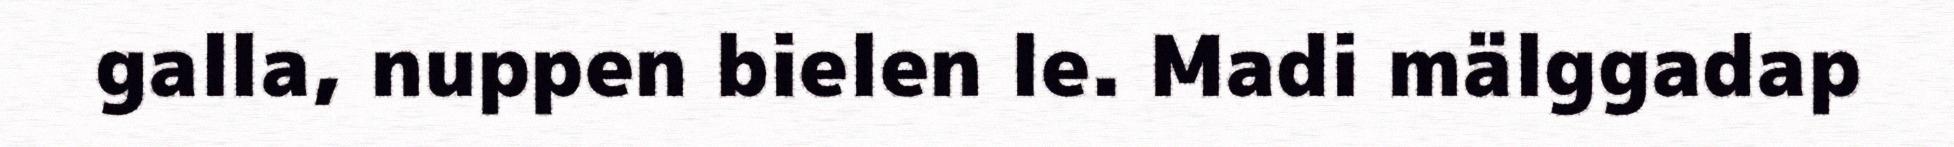
galla, nuppen bielen le. Madi mälggadap